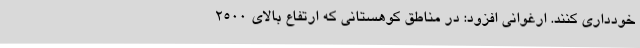
خودداری کنند. ارغوانی افزود: در مناطق کوهستانی که ارتفاع بالای 2500